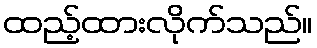
ထည့်ထားလိုက်သည်။